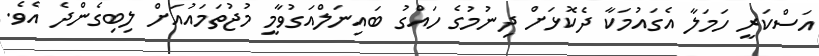
އަސްކަރީ ހަމަލާ އެގައުމަކާ ދެކޮޅަށް ދިނުމުގެ ހައްގު ބައިނަލްއަގުވާމީ މުޖުތަމައުއަށް ލިބިގެންދެ އެވެ.